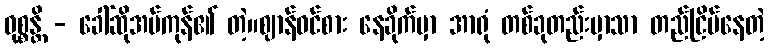
ဝုစ္စန္တိ - ခေါ်ဆိုအပ်ကုန်၏ တဲ့။ဈာန်ဝင်စား နေခိုက်မှာ အာရုံ တစ်ခုတည်းမှာသာ တည်ငြိမ်နေတဲ့